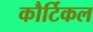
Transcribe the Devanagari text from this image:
कौर्टिकल